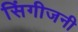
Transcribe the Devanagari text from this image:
सिंगीजनी